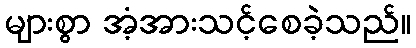
များစွာ အံ့အားသင့်စေခဲ့သည်။